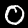
Label: 0